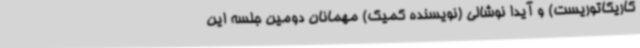
کاریکاتوریست) و آیدا نوشالی (نویسنده کمیک) مهمانان دومین جلسه این